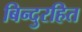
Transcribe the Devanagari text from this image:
बिन्दुरहित